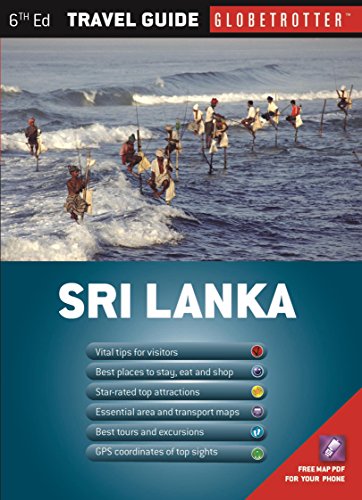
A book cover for Sri Lanka Travel Pack (Globetrotter Travel Pack. Sri Lanka); Robin Gauldie; Travel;